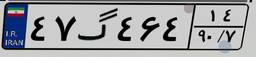
۴۷گ۴۶۴۱۴